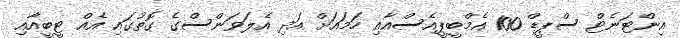
އިންޓަނެޓް ސްޕީޑް 100 އެމްބީޕީއެސްއާއި ހަމައަށް އަދި އެލަވަންސްގެ ގޮތުގައި އެއް ޓީބީއާއި